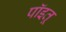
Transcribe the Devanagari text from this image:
पॉइतू